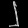
Digit: ၂